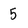
Character: 5